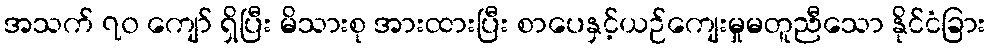
အသက် ၇၀ ကျော် ရှိပြီး မိသားစု အားထားပြီး စာပေနှင့်ယဉ်ကျေးမှုမတူညီသော နိုင်ငံခြား